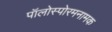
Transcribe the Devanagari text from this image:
पॉलोस्पोरमनामक